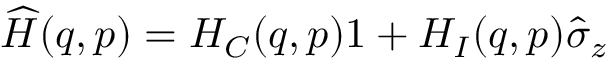
\widehat { H } ( q , p ) = H _ { C } ( q , p ) \boldsymbol { 1 } + H _ { I } ( q , p ) \widehat \sigma _ { z }